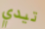
تيدي